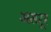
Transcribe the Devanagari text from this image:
असरूर